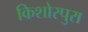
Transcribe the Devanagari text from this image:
किशोरपुरा